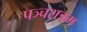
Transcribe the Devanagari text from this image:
पञ्चरात्रम्‌